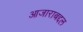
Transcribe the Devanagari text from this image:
आजाराबद्दल